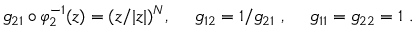
g _ { 2 1 } \circ \varphi _ { 2 } ^ { - 1 } ( z ) = ( z / | z | ) ^ { N } , \ \ \ \ g _ { 1 2 } = 1 / g _ { 2 1 } \ , \ \ \ \ g _ { 1 1 } = g _ { 2 2 } = 1 \ .